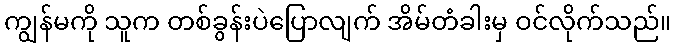
ကျွန်မကို သူက တစ်ခွန်းပဲပြောလျက် အိမ်တံခါးမှ ဝင်လိုက်သည်။